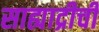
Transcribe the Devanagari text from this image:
साह्याद्रीची